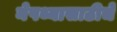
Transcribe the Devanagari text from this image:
नेपथ्यासाठीचे